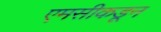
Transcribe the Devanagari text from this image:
एमसीकडून